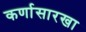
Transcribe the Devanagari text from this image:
कर्णासारखा